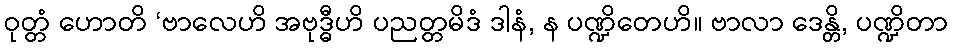
ဝုတ္တံ ဟောတိ ‘ဗာလေဟိ အဗုဒ္ဓီဟိ ပညတ္တမိဒံ ဒါနံ, န ပဏ္ဍိတေဟိ။ ဗာလာ ဒေန္တိ, ပဏ္ဍိတာ